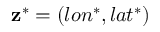
\mathbf { z } ^ { \ast } = ( l o n ^ { \ast } , l a t ^ { \ast } )